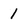
Character: 1